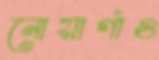
নোয়াগাঁও